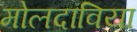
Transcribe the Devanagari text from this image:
मोलदाविया